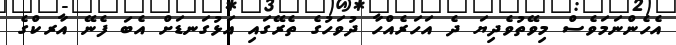
އެހެންނަމަވެސް މިވޭތުވެދިޔަ ދެ އަހަރެއްހާ ދުވަހުގެ ތެރޭގައި އަޅުގަނޑަށް އެބަ ފެނޭ އާރކްގެ